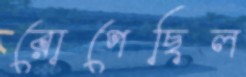
রোপেছিল